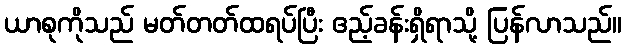
ယာစုကိုသည် မတ်တတ်ထရပ်ပြီး ဧည့်ခန်းရှိရာသို့ ပြန်လာသည်။